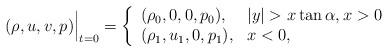
LaTeX: \begin{align*}{(\rho, u, v, p)}\Big|_{t=0} = \left\{ \begin{array}{l l} {(\rho_0, 0, 0, p_0)}, &\left|y\right|> x\tan{\alpha}, x>0\\ {( \rho_1, u_1, 0, p_1)}, & x<0,\\\end{array} \right.\end{align*}